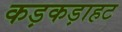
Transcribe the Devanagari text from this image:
कड़कड़ाहट